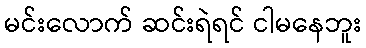
မင်းလောက် ဆင်းရဲရင် ငါမနေဘူး